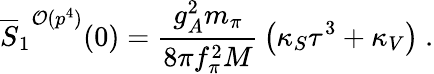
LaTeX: {\overline{{S}}_{1}}^{{\cal O}(p^{4})}(0)={\frac{g_{A}^{2}m_{\pi}}{8\pi f_{\pi}^{2}M}}\left(\kappa_{S}\tau^{3}+\kappa_{V}\right)\ .